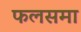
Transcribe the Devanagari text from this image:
फलसमा